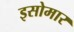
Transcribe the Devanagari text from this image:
इसोमार